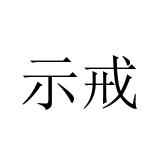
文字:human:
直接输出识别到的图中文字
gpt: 示戒